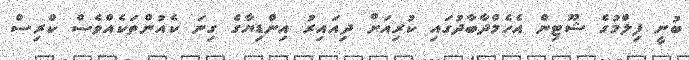
ބުނީ ފިލްމުގެ ޝޫޓިން އެހެމްދާބާދުގައި ކުރިއަށް ދިއައިރު އިންޑިޔާގެ ގިނަ ކެއުންތަކެއްވެސް ކްރިސް